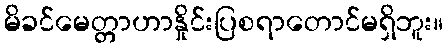
မိခင်မေတ္တာဟာနှိုင်းပြစရာတောင်မရှိဘူး။